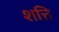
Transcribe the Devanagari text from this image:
शत्ति